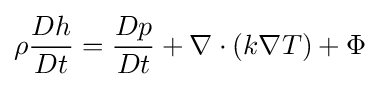
\rho {\frac {Dh}{Dt}}={\frac {Dp}{Dt}}+\nabla \cdot (k\nabla T)+\Phi